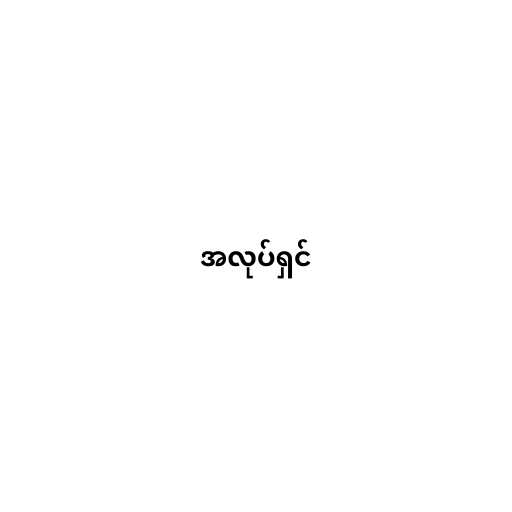
အလုပ်ရှင်